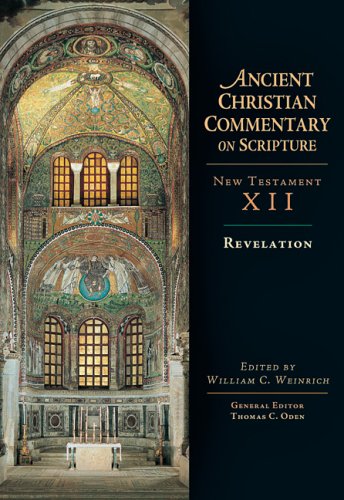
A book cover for Revelation (Ancient Christian Commentary on Scripture); Christian Books & Bibles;